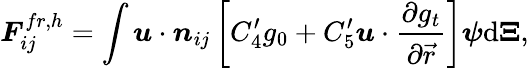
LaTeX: \boldsymbol{F}_{ij}^{fr,h}=\int\boldsymbol{u}\cdot\boldsymbol{n}_{ij}\left[C_{4}^{\prime}g_{0}+C_{5}^{\prime}\boldsymbol{u}\cdot\frac{\partial g_{t}}{\partial\vec{r}}\right]\boldsymbol{\psi}\mathrm{{d}}\boldsymbol{\Xi},